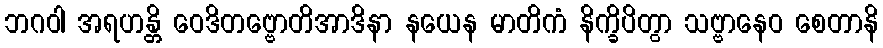
ဘဂဝါ အရဟန္တိ ဝေဒိတဗ္ဗောတိအာဒိနာ နယေန မာတိကံ နိက္ခိပိတွာ သဗ္ဗာနေဝ စေတာနိ